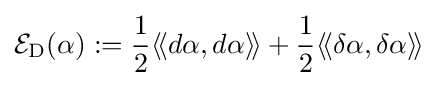
{\mathcal {E}}_{\text{D}}(\alpha ):={\dfrac {1}{2}}\langle \!\langle d\alpha ,d\alpha \rangle \!\rangle +{\dfrac {1}{2}}\langle \!\langle \delta \alpha ,\delta \alpha \rangle \!\rangle